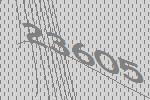
23605